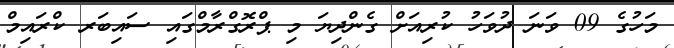
މަހުގެ 09 ވަނަ ދުވަހު ކުރިއަށް ގެންދިޔަ މި ޕްރޮގްރާމްގައި ސައިބަރ ކްރައިމް